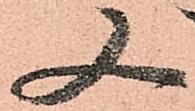
又